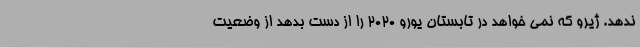
ندهد. ژیرو که نمی خواهد در تابستان یورو 2020 را از دست بدهد از وضعیت